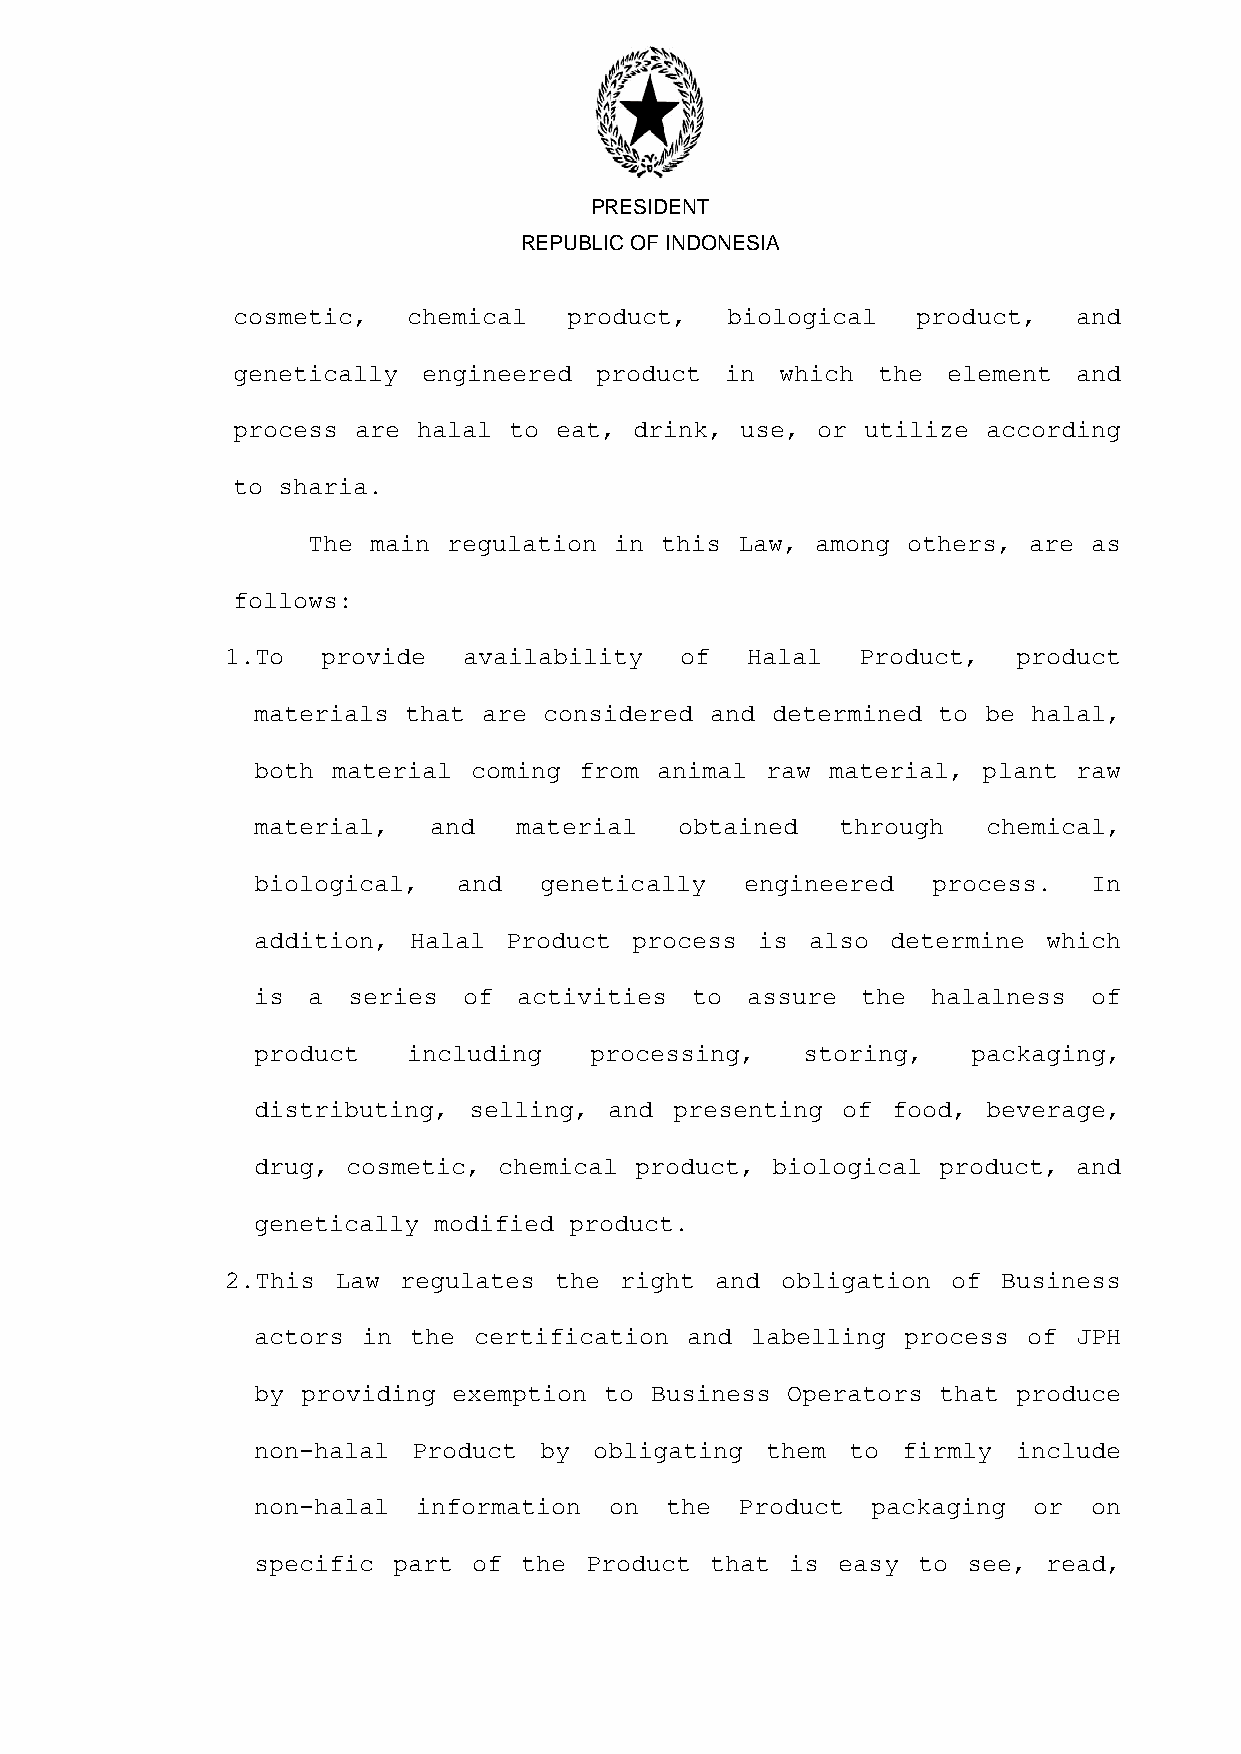
PRESIDENT
 REPUBLIC OF INDONESIA
 cosmetic,   chemical   product,  biological   product,  and
 genetically  engineered product  in  which the  element and
 process are  halal to eat, drink, use, or utilize according
 to sharia.
 The main  regulation in this Law, among others, are as
 follows:
 1. To provide   availability  of  Halal   Product,  product
 materials that are considered and determined to be halal,
 both material coming from  animal raw material, plant raw
 material,  and   material   obtained   through  chemical,
 biological,  and   genetically  engineered   process.  In
 addition, Halal Product  process is  also determine which
 is a  series  of activities  to assure  the  halalness of
 product   including   processing,   storing,   packaging,
 distributing, selling, and  presenting of food, beverage,
 drug, cosmetic, chemical product, biological product, and
 genetically modified product.
 2. This Law regulates the right and  obligation of Business
 actors in the certification and  labelling process of JPH
 by providing exemption to Business Operators that produce
 non-halal Product  by obligating  them to  firmly include
 non-halal  information on  the  Product  packaging or  on
 specific part of  the Product that is easy  to see, read,